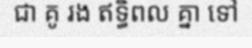
ជា គូ រង ឥទ្ធិពល គ្នា ទៅ